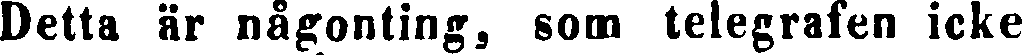
Detta är någonting, som telegrafen icke